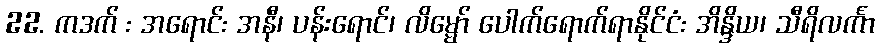
22. ကဒက် : အရောင်: အနီ၊ ပန်းရောင်၊ လိမ္မော် ပေါက်ရောက်ရာနိုင်ငံ: အိန္ဒိယ၊ သီရိလင်္ကာ